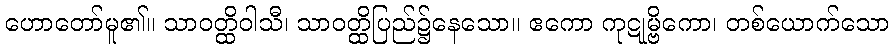
ဟောတော်မူ၏။ သာဝတ္ထိဝါသီ၊ သာဝတ္ထိပြည်၌နေသော။ ဧကော ကုဋုမ္ဗိကော၊ တစ်ယောက်သော